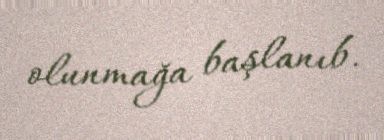
olunmağa başlanıb.